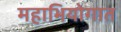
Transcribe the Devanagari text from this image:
महाभियोगात